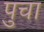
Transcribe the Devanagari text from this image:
पुचा